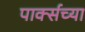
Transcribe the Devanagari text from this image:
पार्क्सच्या